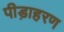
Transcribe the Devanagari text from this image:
पीड़ाहरण